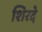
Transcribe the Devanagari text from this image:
शिरदे